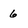
Character: 6